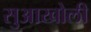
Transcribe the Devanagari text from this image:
सुआखोली